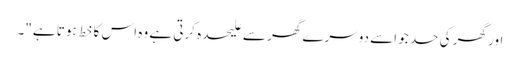
اور گھر کی حد جو اسے دوسرے گھر سے علیحدہ کرتی ہے وہ اس کا خط ہوتا ہے"۔